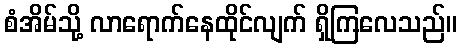
စံအိမ်သို့ လာရောက်နေထိုင်လျက် ရှိကြလေသည်။